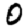
Digit: 0